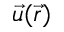
{ \vec { u } } ( { \vec { r } } )